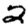
Digit: 2